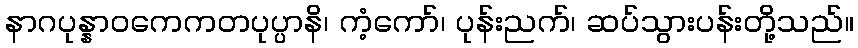
နာဂပုန္နာဝကေကတပုပ္ပာနိ၊ ကံ့ကော်၊ ပုန်းညက်၊ ဆပ်သွားပန်းတို့သည်။